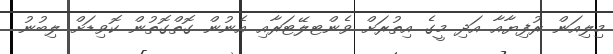
މިލިއަން ރުފިޔާއާ އަދި މީގެ އިތުރަށް ވެންޓލޭޓަރާއި އެނުން ގޮތްގޮތުން ކޮވިޑަށް ލިބުނު